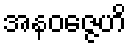
အနဝဇ္ဇေဟိ